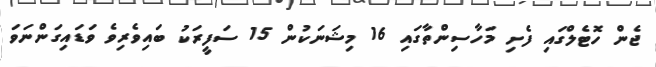
ޖެން ހޮޓެލްގައި ފެށި މަހާސިންތާގައި 16 މިޝަނަކުން 15 ސަފީރަކު ބައިވެރިވެ ވަޑައިގަންނަވަ